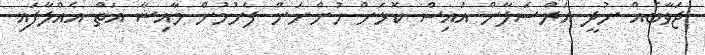
ޖަވާބެއް ނުދީ އަރްސަލާން އައިސް ކޮޅަށް ހުންނަން ފެށުމުން މާއިޝާ އަތް އެއްލާފައި